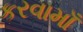
કરવામાઁ